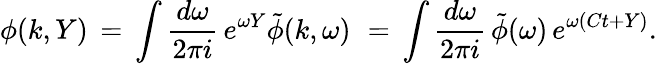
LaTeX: \phi(k,Y)\, =\, \int{\frac{d\omega}{2\pi i}}\, e^{\omega Y}\tilde{\phi}(k,\omega)\, \, =\, \int{\frac{d\omega}{2\pi i}}\, \tilde{\phi}(\omega)\, e^{\omega(Ct+Y)}.